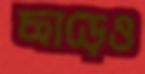
ছাড়েও